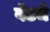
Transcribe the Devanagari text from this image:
वॅटचे